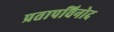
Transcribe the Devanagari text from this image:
प्रतापविनोद